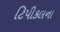
ટિપીકલના